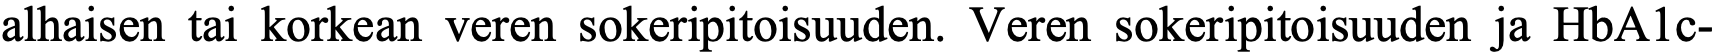
alhaisen tai korkean veren sokeripitoisuuden. Veren sokeripitoisuuden ja HbA1c-